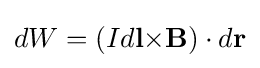
dW=(Id\mathbf {l} \mathbf {\times } \mathbf {B} )\cdot d\mathbf {r}